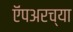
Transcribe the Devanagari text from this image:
ऍंपअरच्या